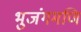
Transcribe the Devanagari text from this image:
भुजंगमणि